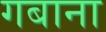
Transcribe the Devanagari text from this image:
गबाना